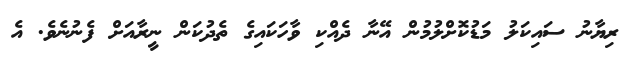
ރިޔާނު ސައިކަލު މަޑުކޮށްލުމުން އޭނާ ދެއްކި ވާހަކައިގެ ތެދުކަން ނީރާއަށް ފެނުނެވެ. އެ